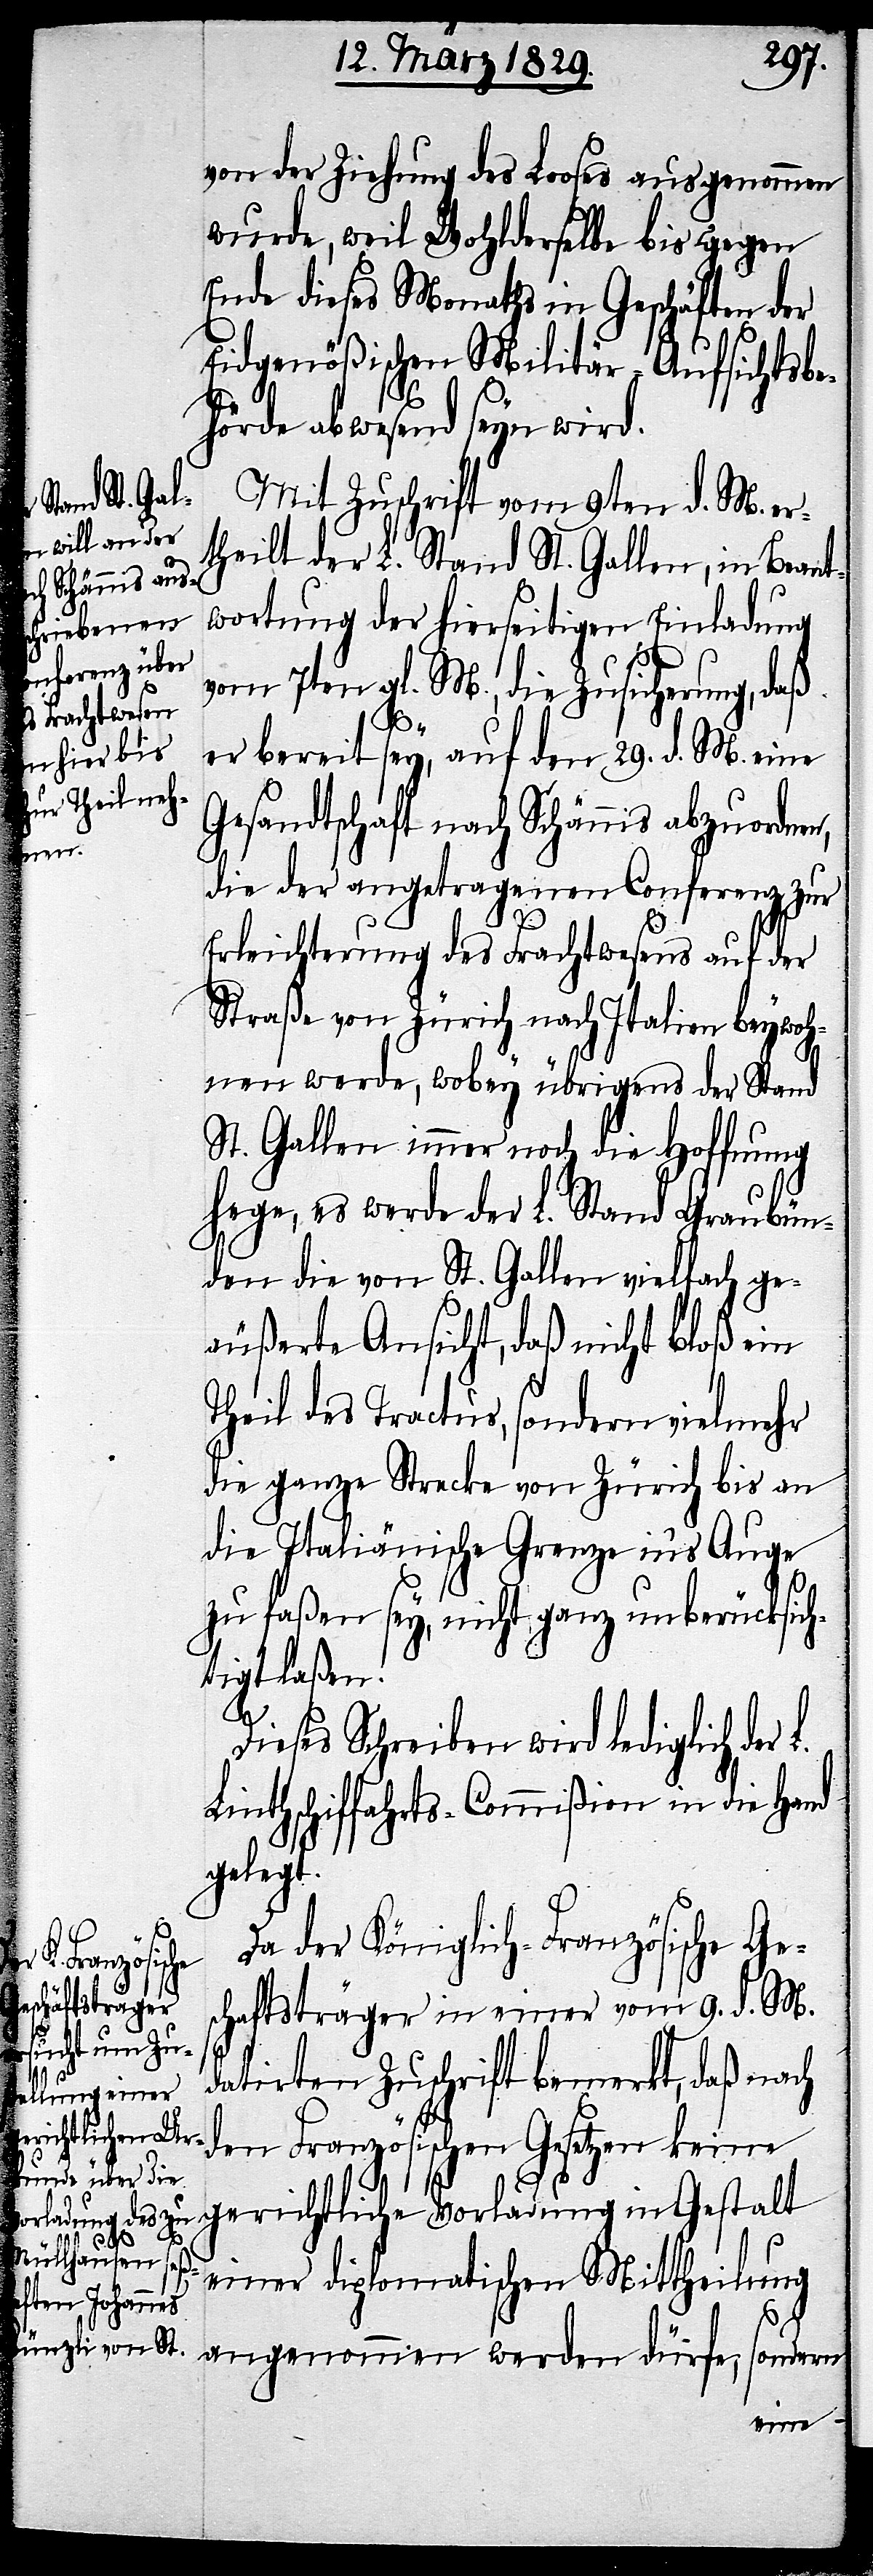
von der Ziehung des Looses ausgenommen
wurde, weil Wohlderselbe bis gegen
Ende dieses Monaths in Geschäften der
Eidgenößischen Militär-Aufsichtsbe¬
hörde abwesend seyn wird.
Mit Zuschrift vom 9ten d. M. er¬
theilt der L. Stand St. Gallen, in Beant¬
wortung der hierseitigen Einladung
vom 7ten gl. M., die Zusicherung, daß
er bereit sey, auf den 29. d. M. eine
Gesandtschaft nach Schännis abzuordnen,
die der angetragenen Conferenz zur
Erleichterung des Frachtwesens auf der
Straße von Zürich nach Italien beywoh¬
nen werde, wobey übrigens der Stand
St. Gallen immer noch die Hoffnung
hege, es werde der L. Stand Graubün¬
den die von St. Gallen vielfach ge¬
äußerte Ansicht, daß nicht bloß ein
Theil des Tractus, sondern vielmehr
die ganze Strecke von Zürich bis an
die Italienische Grenze in’s Auge
zu faßen sey, nicht ganz unberücksich¬
tigt laßen.
L.
Dieses Schreiben wird lediglich der
Linthschiffahrts-Commißion in die Hand
gelegt.
Da der Königlich-Französische Ges¬
chäftsträger in einer vom 9. d. M.
datirten Zuschrift bemerkt, daß nach
den Französischen Gesetzen keine
gerichtliche Vorladung in Gestalt
einer diplomatischen Mittheilung
angenommen werden dürfe, sondern